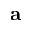
\mathbf { a }